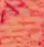
البستان